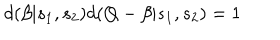
LaTeX: d ( \beta | s _ { 1 } , s _ { 2 } ) d ( Q - \beta | s _ { 1 } , s _ { 2 } ) = 1